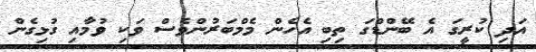
އަދި ކުރީގަ އެ ބޭންޑްގަ ތިބި އެހެން މެމްބަރުންވެސް ވަކި ވުމާއި ގުޅިގެން